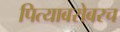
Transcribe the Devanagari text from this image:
पित्याबरोबरच